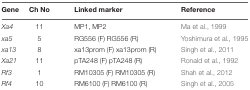
<table><thead><tr><td><b>Gene</b></td><td><b>Ch No</b></td><td><b>Linked marker</b></td><td><b>Reference</b></td></tr></thead><tbody><tr><td><i>Xa4</i></td><td>11</td><td>MP1, MP2</td><td>Ma et al., 1999</td></tr><tr><td><i>xa5</i></td><td>5</td><td>RG556 (F) RG556 (R)</td><td>Yoshimura et al., 1995</td></tr><tr><td><i>xa13</i></td><td>8</td><td>xa13prom (F) xa13prom (R)</td><td>Singh et al., 2011</td></tr><tr><td><i>Xa21</i></td><td>11</td><td>pTA248 (F) pTA248 (R)</td><td>Ronald et al., 1992</td></tr><tr><td><i>Rf3</i></td><td>1</td><td>RM10305 (F) RM10305 (R)</td><td>Shah et al., 2012</td></tr><tr><td><i>Rf4</i></td><td>10</td><td>RM6100 (F) RM6100 (R)</td><td>Singh et al., 2005</td></tr></tbody></table>